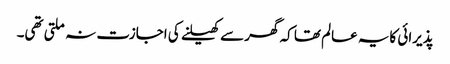
پذیرائی کایہ عالم تھا کہ گھر سے کھیلنے کی اجازت نہ ملتی تھی۔